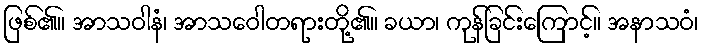
ဖြစ်၏။ အာသဝါနံ၊ အာသဝေါတရားတို့၏။ ခယာ၊ ကုန်ခြင်းကြောင့်။ အနာသဝံ၊